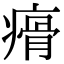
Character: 㾶